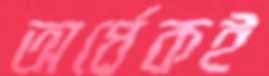
অর্ধেকই